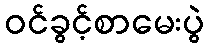
ဝင်ခွင့်စာမေးပွဲ